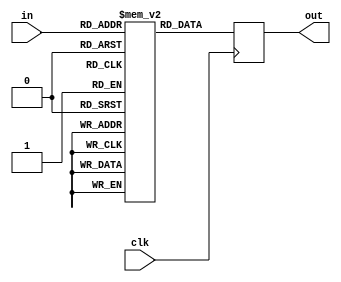
module odo_sbox_small36(clk, in, out);
    input clk;
    input [5:0] in;
    output reg [5:0] out;
    reg [5:0] mem[0:63];
    always @(posedge clk) begin
        out <= mem[in];
    end
    initial begin
        mem[0] = 6'h22;
        mem[1] = 6'h2c;
        mem[2] = 6'h1e;
        mem[3] = 6'h0c;
        mem[4] = 6'h29;
        mem[5] = 6'h28;
        mem[6] = 6'h18;
        mem[7] = 6'h11;
        mem[8] = 6'h03;
        mem[9] = 6'h1b;
        mem[10] = 6'h13;
        mem[11] = 6'h0f;
        mem[12] = 6'h2e;
        mem[13] = 6'h2f;
        mem[14] = 6'h2a;
        mem[15] = 6'h12;
        mem[16] = 6'h20;
        mem[17] = 6'h23;
        mem[18] = 6'h38;
        mem[19] = 6'h26;
        mem[20] = 6'h3c;
        mem[21] = 6'h04;
        mem[22] = 6'h33;
        mem[23] = 6'h35;
        mem[24] = 6'h0a;
        mem[25] = 6'h3b;
        mem[26] = 6'h05;
        mem[27] = 6'h21;
        mem[28] = 6'h3d;
        mem[29] = 6'h1f;
        mem[30] = 6'h00;
        mem[31] = 6'h2b;
        mem[32] = 6'h0d;
        mem[33] = 6'h16;
        mem[34] = 6'h1d;
        mem[35] = 6'h0b;
        mem[36] = 6'h32;
        mem[37] = 6'h30;
        mem[38] = 6'h17;
        mem[39] = 6'h08;
        mem[40] = 6'h3e;
        mem[41] = 6'h39;
        mem[42] = 6'h07;
        mem[43] = 6'h31;
        mem[44] = 6'h1a;
        mem[45] = 6'h25;
        mem[46] = 6'h1c;
        mem[47] = 6'h15;
        mem[48] = 6'h02;
        mem[49] = 6'h24;
        mem[50] = 6'h01;
        mem[51] = 6'h10;
        mem[52] = 6'h2d;
        mem[53] = 6'h06;
        mem[54] = 6'h27;
        mem[55] = 6'h09;
        mem[56] = 6'h34;
        mem[57] = 6'h36;
        mem[58] = 6'h14;
        mem[59] = 6'h19;
        mem[60] = 6'h3f;
        mem[61] = 6'h3a;
        mem[62] = 6'h0e;
        mem[63] = 6'h37;
    end
endmodule